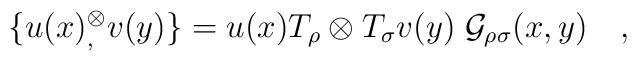
\{u(x){}^\otimes_, v(y)\} = u(x)T_\rho\otimes T_\sigma v(y)\;{\cal G}_{\rho\sigma}(x,y)\quad,